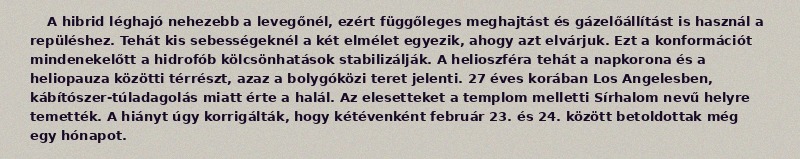
A hibrid léghajó nehezebb a levegőnél, ezért függőleges meghajtást és gázelőállítást is használ a repüléshez. Tehát kis sebességeknél a két elmélet egyezik, ahogy azt elvárjuk. Ezt a konformációt mindenekelőtt a hidrofób kölcsönhatások stabilizálják. A helioszféra tehát a napkorona és a heliopauza közötti térrészt, azaz a bolygóközi teret jelenti. 27 éves korában Los Angelesben, kábítószer-túladagolás miatt érte a halál. Az elesetteket a templom melletti Sírhalom nevű helyre temették. A hiányt úgy korrigálták, hogy kétévenként február 23. és 24. között betoldottak még egy hónapot.